Senior Leaving Certificate Examination (including Day School Certificate (Higher) General paper), 1949
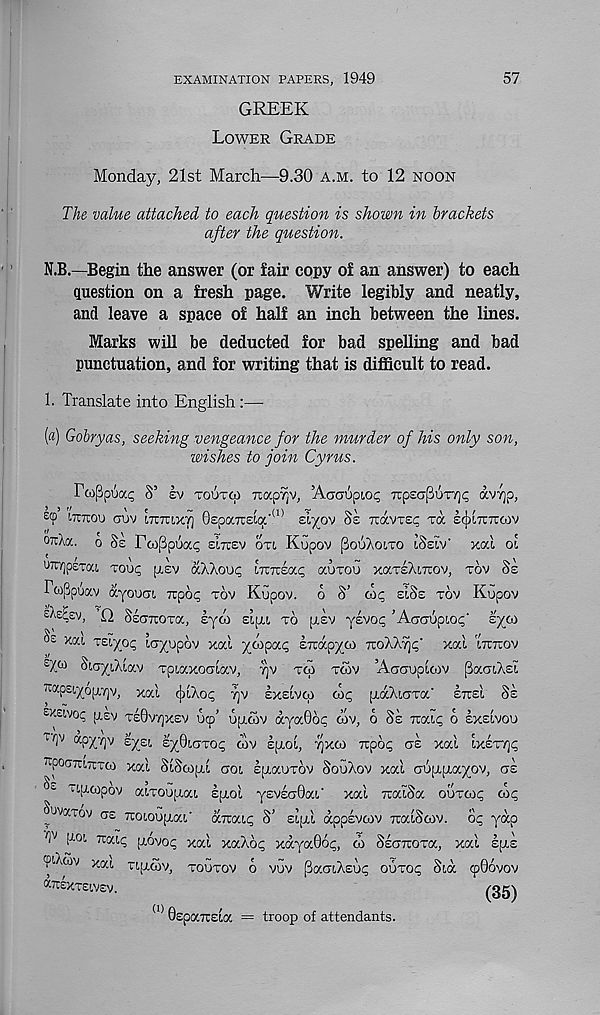
EXAMINATION PAPERS, 1949
GREEK
Lower Grade
57
Monday, 21st March—9.30 a.m. to 12 noon
The value attached to each question is shown in brackets
after the question.
N.B.—Begin the answer (or fair copy of an answer) to each
question on a fresh page. Write legibly and neatly,
and leave a space of half an inch between the lines.
Marks will be deducted for bad spelling and bad
punctuation, and for writing that is difficult to read.
1. Translate into English:—
[a) Gobryas, seeking vengeance for the murder of his only son,
wishes to join Cyrus.
TcoPpuac; S’ ev toutco 7iap7]v, ’Aondpto;; TcpsaPur/jt; avvjp,